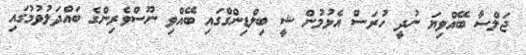
ޖަލްސާ ބޭއްވިޔަ ނުދީ ހުރަސް އެޅުމުން ޝީ ބިލްޑިންގްގައި ބޭއްވި ނޫސްވެރިންގެ ބައްދަލުވުމުގައި